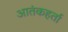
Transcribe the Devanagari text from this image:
आतंकहर्ता